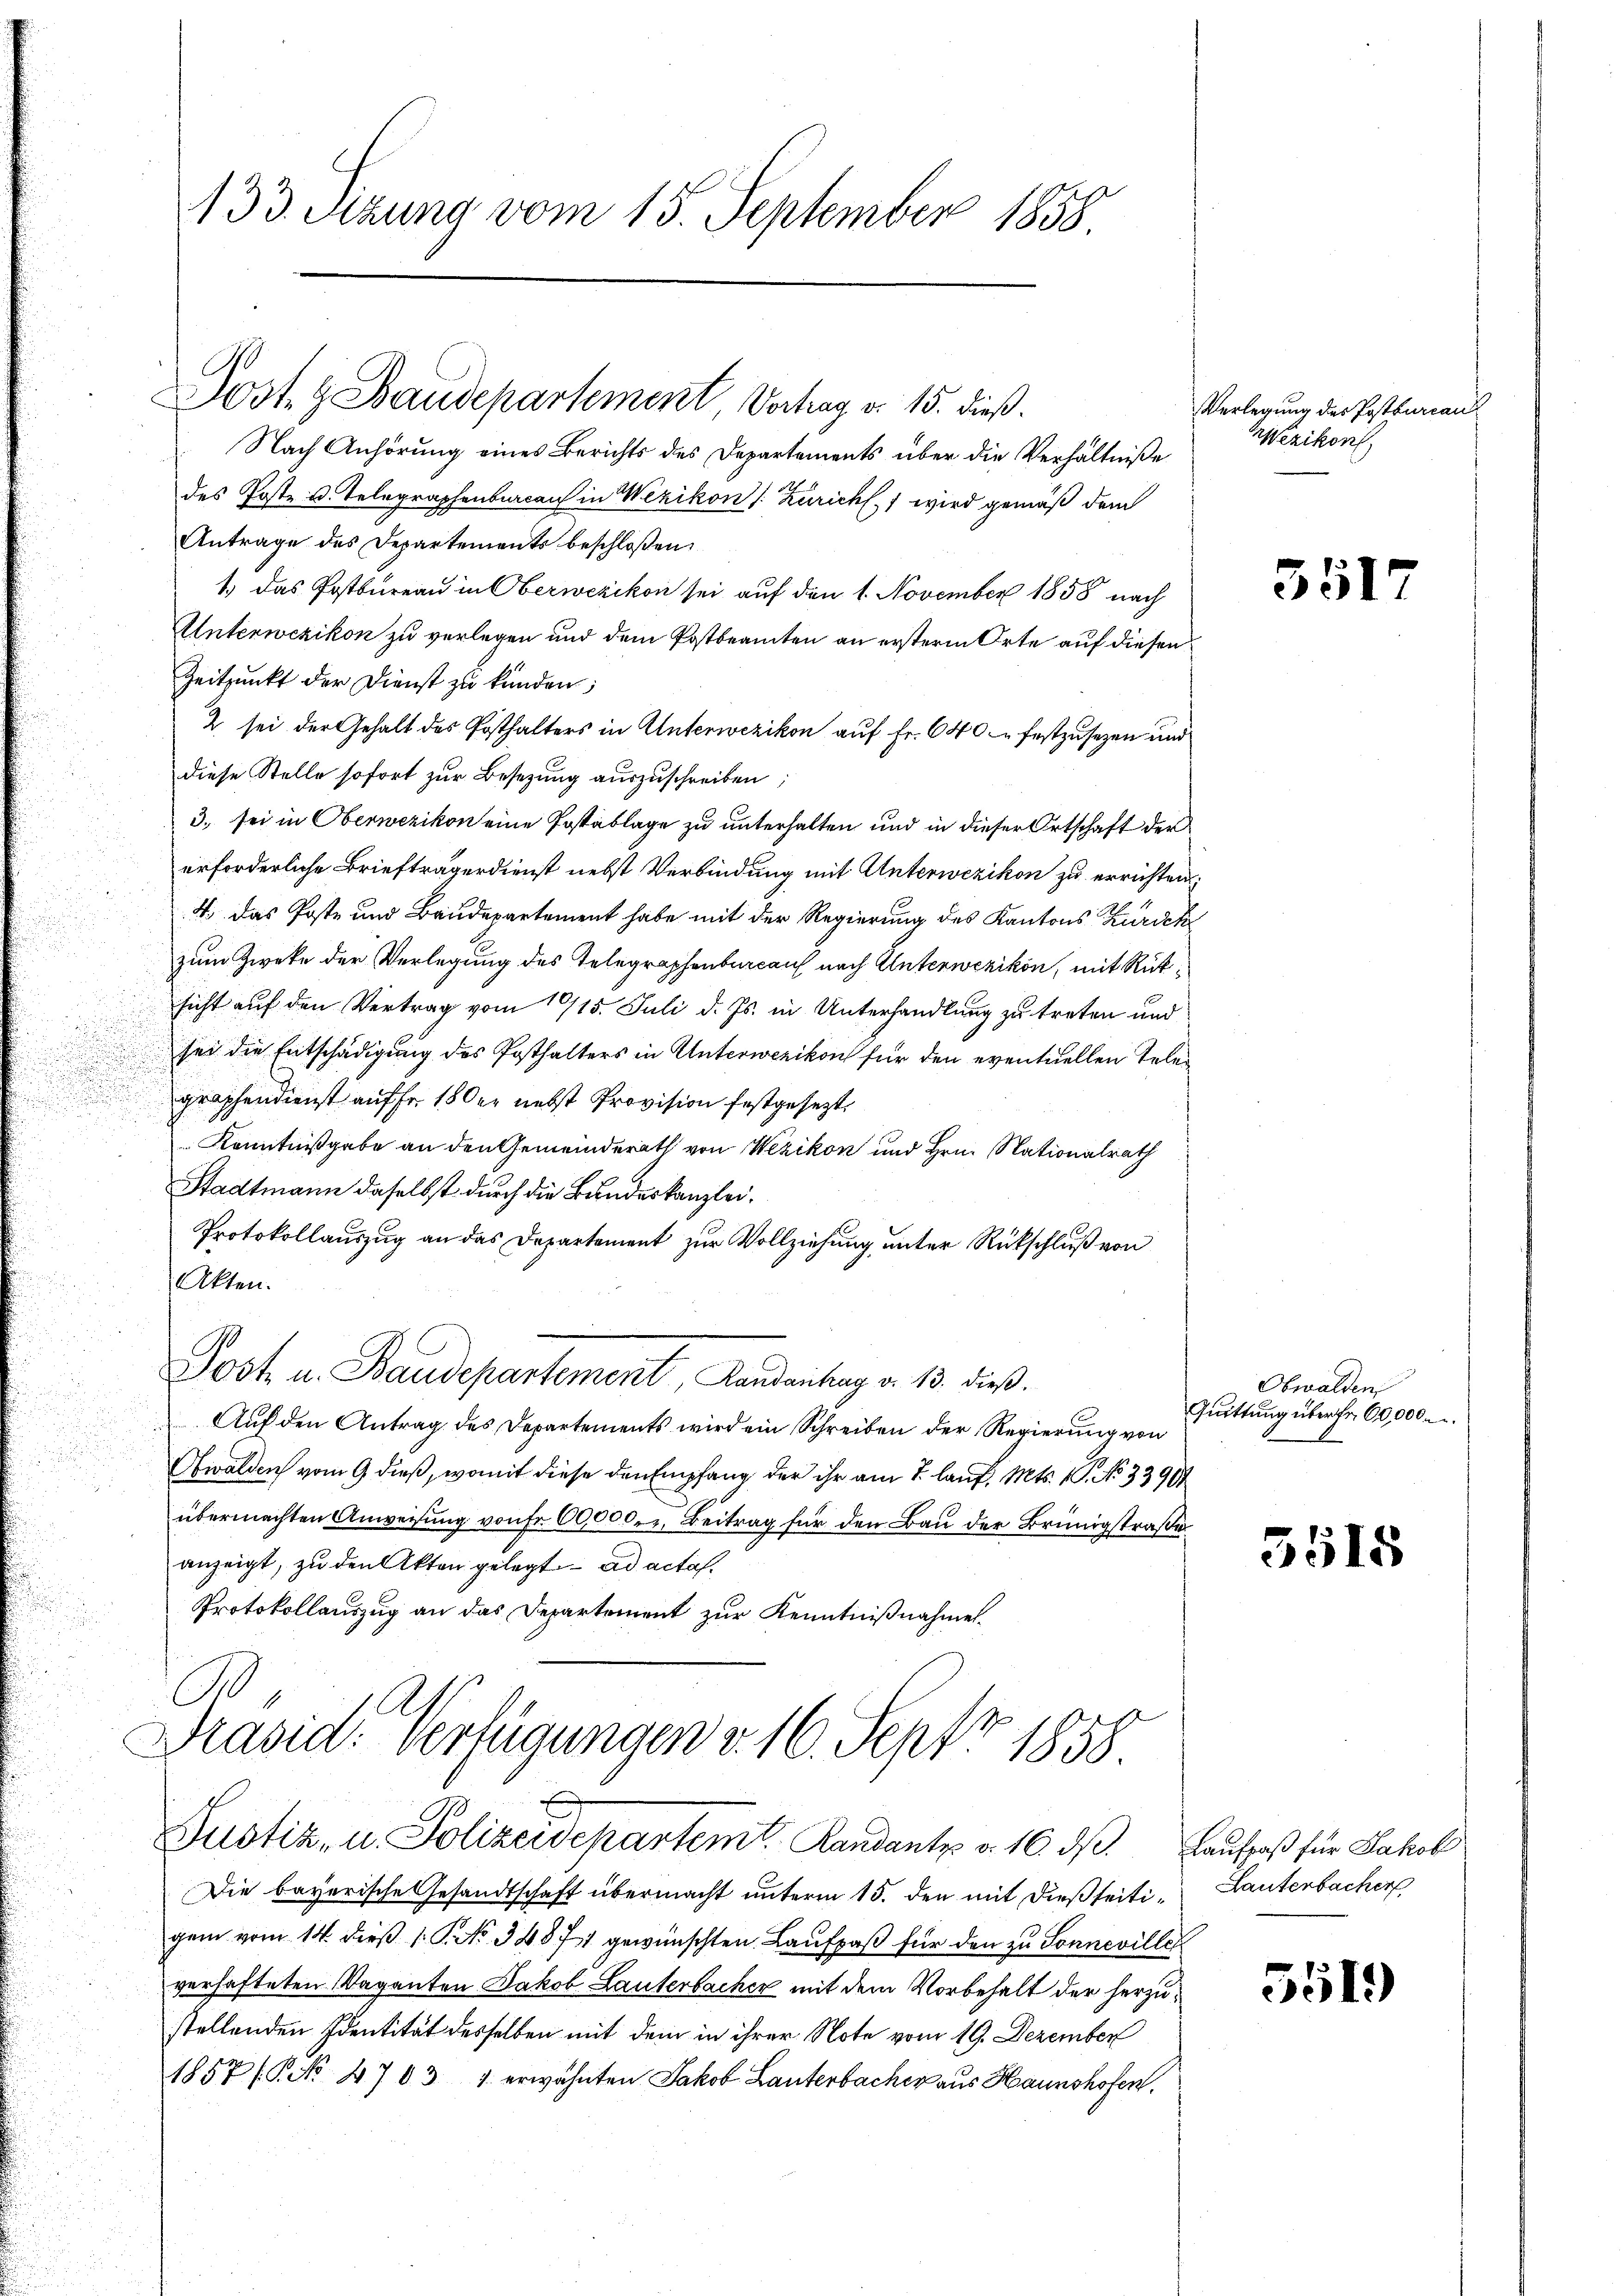
Nach Anhörung eines Berichts des Departements über die Verhältniße
des Poste u. Telegraphenbureau in Wezikon (: Zürich, 1 wird gemäß dem
Antrage des Departements beschloßen:
1.) Das Postbureau in Oberwezikon sei auf den 1. November 1858 nach
Unterwezikon zu verlegen und dem Postbeamten an ersterm Orte auf diesen
Zeitpunkt der Dienst zu künden;
2 sei der Gehalt des Posthalters in Unterwezikon auf Fr. 640 festzusetzen und
diese Stelle sofort zur Besetzung auszuschreiben,
3. sei in Oberwezikon eine Postablage zu unterhalten und in dieser Ortschaft der
erforderliche Briefträgerdienst nebst Verbindung mit Unterwezikon zu errichten.
4. Das Poste und Baudepartement habe mit der Regierung des Kantons Zürich
zum Zweke der Verlegung des Telegraphenbureau nach Unterwezikon, mit Rüksicht auf den Vertrag vom 1915. Juli d. Js. in Unterhandlung zu treten und
sei die Entschädigung des Posthalters in Unterwezikon für den eventuellen Telegraphendienst auf fr. 1850 er nebst Provision festgesezt,
Kenntnißgabe an den Gemeinderath von Wezikon und Hrn. Nationalrath
Stadtmann daselbst durch die Bundeskanzlei¬
Protokollauszug an das Departement zur Vollziehung unter Rückschluß von
Akten.
Post u. Staudepartement Mandantrag v. 13. dieß.
Auf den Antrag des Departements wird ein Schreiben der Regierung von
Obwalden vom 9 dieß, womit diese den Empfang der ihr am 2. lauf, Mts. 1. No 33909
übermachten Anweisung von Fr. 60,000. Beitrag für den Bau der Brünigstraße
anzeigt, zu den Akten gelegt ad acta.
Protokollauszug an das Departement zur Kenntnißnahmen.
Präsid. Verfügungen v. 16. Sept 1858.

133. Sizung vom 15. September 1858

Jost z Baudepartement Vortrag v. 15. dieß.

Justiz- u. Polizeidepartem Randantz v. 16. dβ. Laufpaß für Jakob

Die bayerische Gesandtschaft übermacht unterm 15. den mit dießseiti- Lauterbacher
gen vom 14. dieβ 1 S. No. 34871 gewünschten Laufpaß für den zu Sonnevillet
verhafteten Vaganten Jakob Lauterbacher mit dem Vorbehalt der herzustellenden Identität desselben mit dem in ihrer Note vom 19. Dezember
1857 (P No 4703 1. erwähnten Jakob Lauterbacher aus Haunshofen.

Verlegung des Postbureau
Wezikon,

3517

Obwalden
Quittung über fr. 60,000

3518

5513